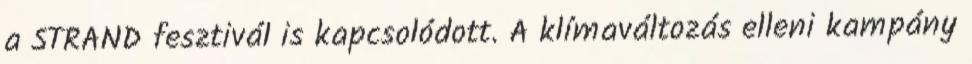
a STRAND fesztivál is kapcsolódott. A klímaváltozás elleni kampány